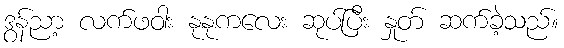
ဒွန်ညာ့ လက်ဖဝါး နုနုကလေး ဆုပ်ပြီး နှုတ် ဆက်ခဲ့သည်။